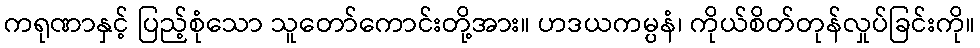
ကရုဏာနှင့် ပြည့်စုံသော သူတော်ကောင်းတို့အား။ ဟဒယကမ္ပနံ၊ ကိုယ်စိတ်တုန်လှုပ်ခြင်းကို။